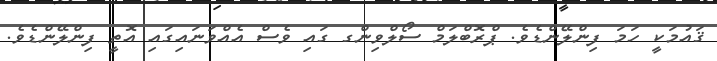
ޤައުމަކީ ހަމަ ފިންލޭންޑެވެ. ޕްރޮބްލަމް ސޯލްވިންގ ގައި ވެސް އެއްވަނައިގައި އޮތީ ފިންލޭންޑެވެ.